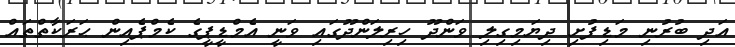
އަދި ބުރުނި މަޑިފުށި ދިޔަމިގިލި ވަންދޫ ހިރިލަންދޫގައި ވަނީ އެމްޑީޕީގެ ކެމްޕެއިން ޙަރަކާތްތައް